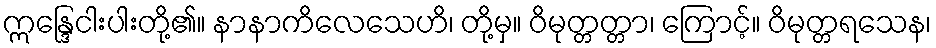
ဣန္ဒြေငါးပါးတို့၏။ နာနာကိလေသေဟိ၊ တို့မှ။ ဝိမုတ္တတ္တာ၊ ကြောင့်။ ဝိမုတ္တရသေန၊